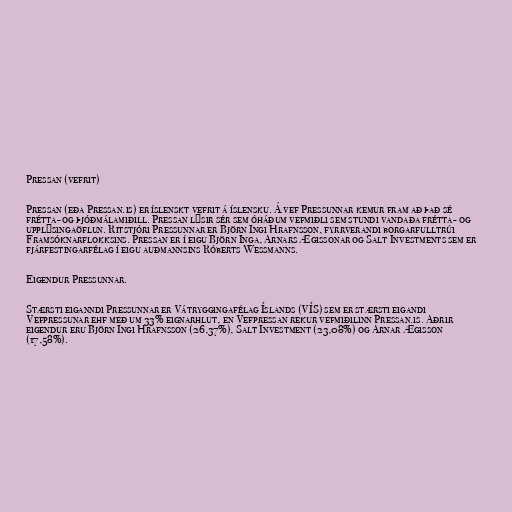
Pressan (vefrit)

Pressan (eða Pressan.is) er íslenskt vefrit á íslensku. Á vef Pressunnar kemur fram að það sé
frétta- og þjóðmálamiðill. Pressan lýsir sér sem óháðum vefmiðli sem stundi vandaða frétta- og
upplýsingaöflun. Ritstjóri Pressunnar er Björn Ingi Hrafnsson, fyrrverandi borgarfulltrúi
Framsóknarflokksins. Pressan er í eigu Björn Inga, Arnars Ægissonar og Salt Investments sem er
fjárfestingarfélag í eigu auðmannsins Róberts Wessmanns.

Eigendur Pressunnar.

Stærsti eiganndi Pressunnar er Vátryggingafélag Íslands (VÍS) sem er stærsti eigandi
Vefpressunar ehf með um 33% eignarhlut, en Vefpressan rekur vefmiðilinn Pressan.is. Aðrir
eigendur eru Björn Ingi Hrafnsson (26,37%), Salt Investment (23,08%) og Arnar Ægisson
(17,58%).